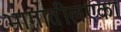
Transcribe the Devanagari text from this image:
भागातीलएका